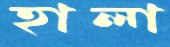
হালা